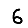
Digit: 6